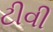
ટીવી